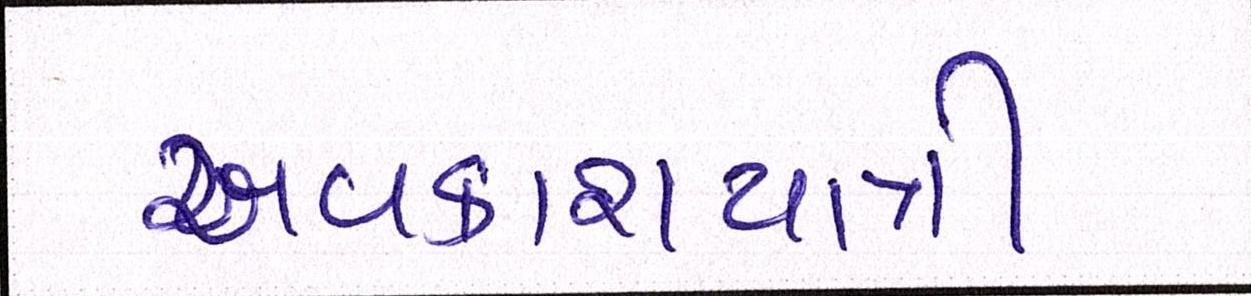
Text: અવકાશયાત્રી